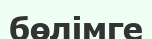
бөлімге